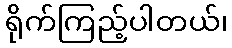
ရိုက်ကြည့်ပါတယ်၊